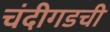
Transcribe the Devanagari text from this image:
चंदीगडची